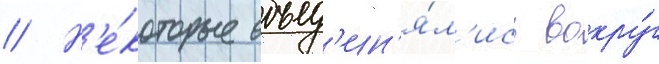
// Н'е́которые объед'ин'я́л'ись вокру́г